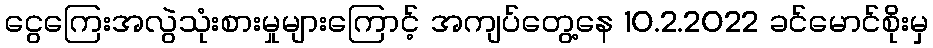
ငွေကြေးအလွဲသုံးစားမှုများကြောင့် အကျပ်တွေ့နေ 10.2.2022 ခင်မောင်စိုးမှ